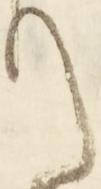
て